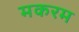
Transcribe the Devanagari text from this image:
मकरम